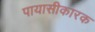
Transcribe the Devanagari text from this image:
पायासीकारक